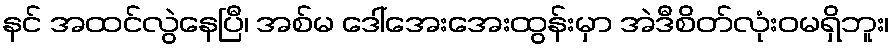
နင် အထင်လွဲနေပြီ၊ အစ်မ ဒေါ်အေးအေးထွန်းမှာ အဲဒီစိတ်လုံးဝမရှိဘူး၊